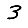
Digit: 3